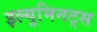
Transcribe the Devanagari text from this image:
इल्युमिनट्स